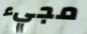
مجيء